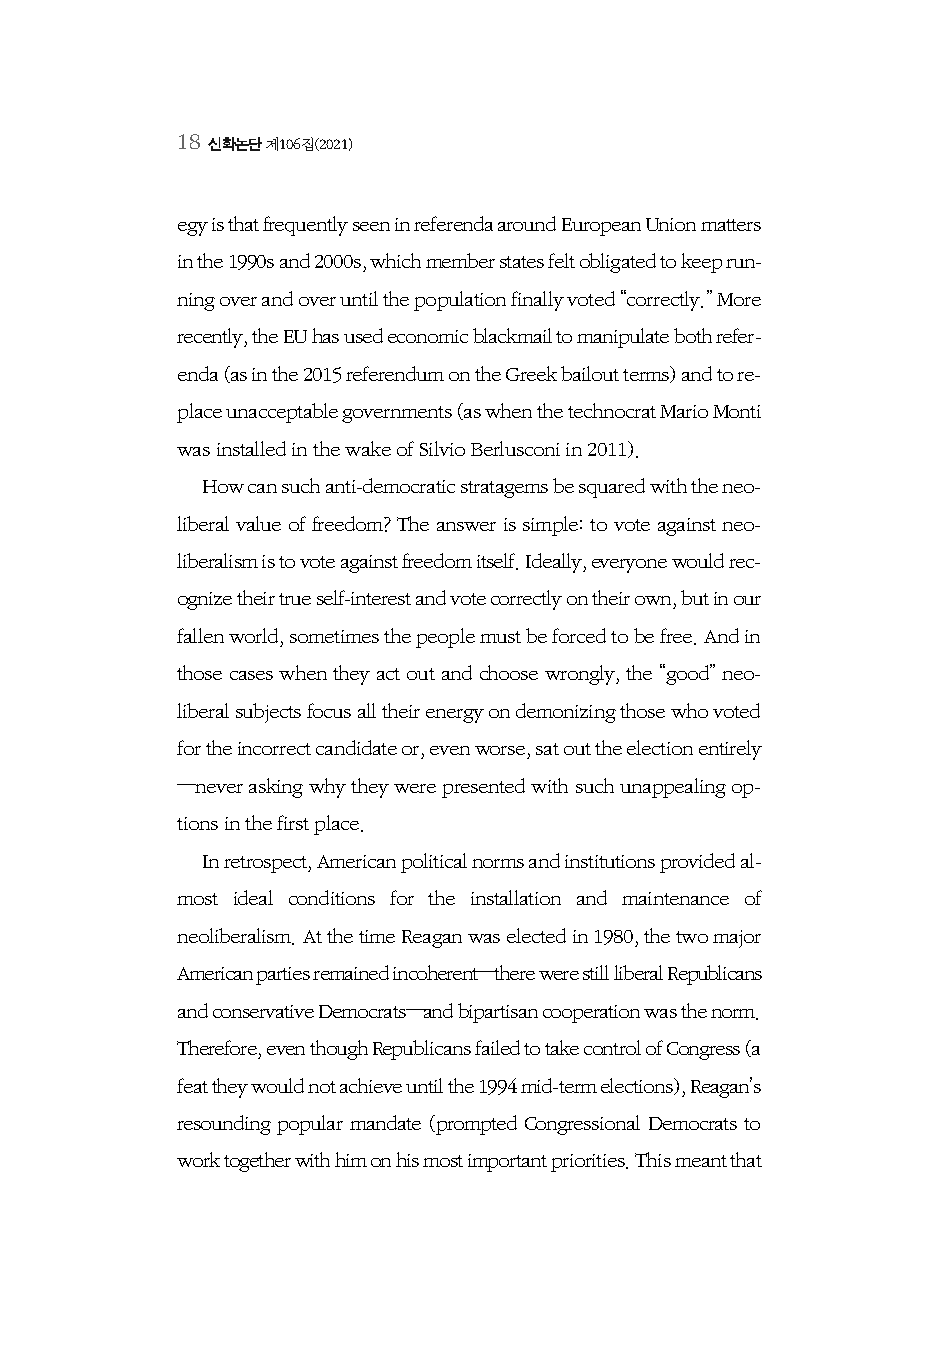
18 신학논단 제106집(2021)
 egy is that frequently seen in referenda around European Union matters
 in the 1990s and 2000s, which member states felt obligated to keep run-
 ning over and over until the population finally voted “correctly.” More
 recently, the EU has used economic blackmail to manipulate both refer-
 enda (as in the 2015 referendum on the Greek bailout terms) and to re-
 place unacceptable governments (as when the technocrat Mario Monti
 was installed in the wake of Silvio Berlusconi in 2011).
 How can such anti-democratic stratagems be squared with the neo-
 liberal value of freedom? The answer is simple: to vote against neo-
 liberalism is to vote against freedom itself. Ideally, everyone would rec-
 ognize their true self-interest and vote correctly on their own, but in our
 fallen world, sometimes the people must be forced to be free. And in
 those cases when they act out and choose wrongly, the “good” neo-
 liberal subjects focus all their energy on demonizing those who voted
 for the incorrect candidate or, even worse, sat out the election entirely
 —never asking why they were presented with such unappealing op-
 tions in the first place.
 In retrospect, American political norms and institutions provided al-
 most ideal conditions for the installation and maintenance of
 neoliberalism. At the time Reagan was elected in 1980, the two major
 American parties remained incoherent—there were still liberal Republicans
 and conservative Democrats—and bipartisan cooperation was the norm.
 Therefore, even though Republicans failed to take control of Congress (a
 feat they would not achieve until the 1994 mid-term elections), Reagan’s
 resounding popular mandate (prompted Congressional Democrats to
 work together with him on his most important priorities. This meant that